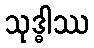
သုဒ္ဓါဿ